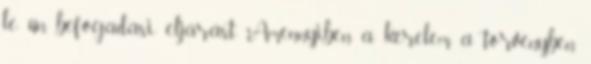
le ún. befogadási eljárást. Amennyiben a kérelem a törvényben